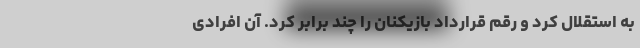
به استقلال کرد و رقم قرارداد بازیکنان را چند برابر کرد. آن افرادی